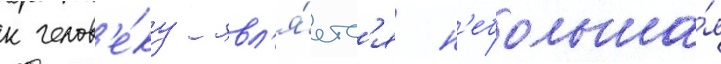
к челов'е́ку явл'я́етс'я н'ебольша́я